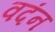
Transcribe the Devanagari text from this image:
वदंन